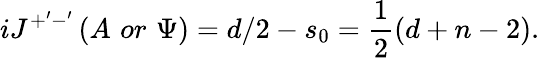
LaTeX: iJ^{+^{\prime}-^{\prime}}\left(A\, \, or\, \, \Psi\right)=d/2-s_{0}=\frac 12\left(d+n-2\right).